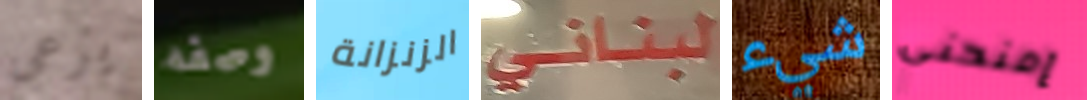
يرعى وصفه الزنزانة لبناني شيء إمنحني